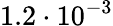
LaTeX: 1.2\cdot 10^{-3}